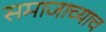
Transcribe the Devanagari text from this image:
समाजाच्याच